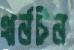
থর্নটন